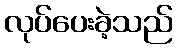
လုပ်ပေးခဲ့သည်